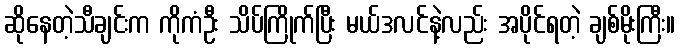
ဆိုနေတဲ့သီချင်းက ကိုကံဦး သိပ်ကြိုက်ပြီး မယ်ဒလင်နဲ့လည်း အပိုင်ရတဲ့ ချစ်မိုးကြီး။